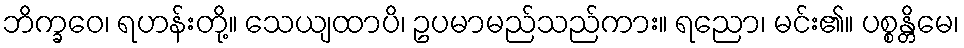
ဘိက္ခဝေ၊ ရဟန်းတို့။ သေယျထာပိ၊ ဥပမာမည်သည်ကား။ ရညော၊ မင်း၏။ ပစ္စန္တိမေ၊